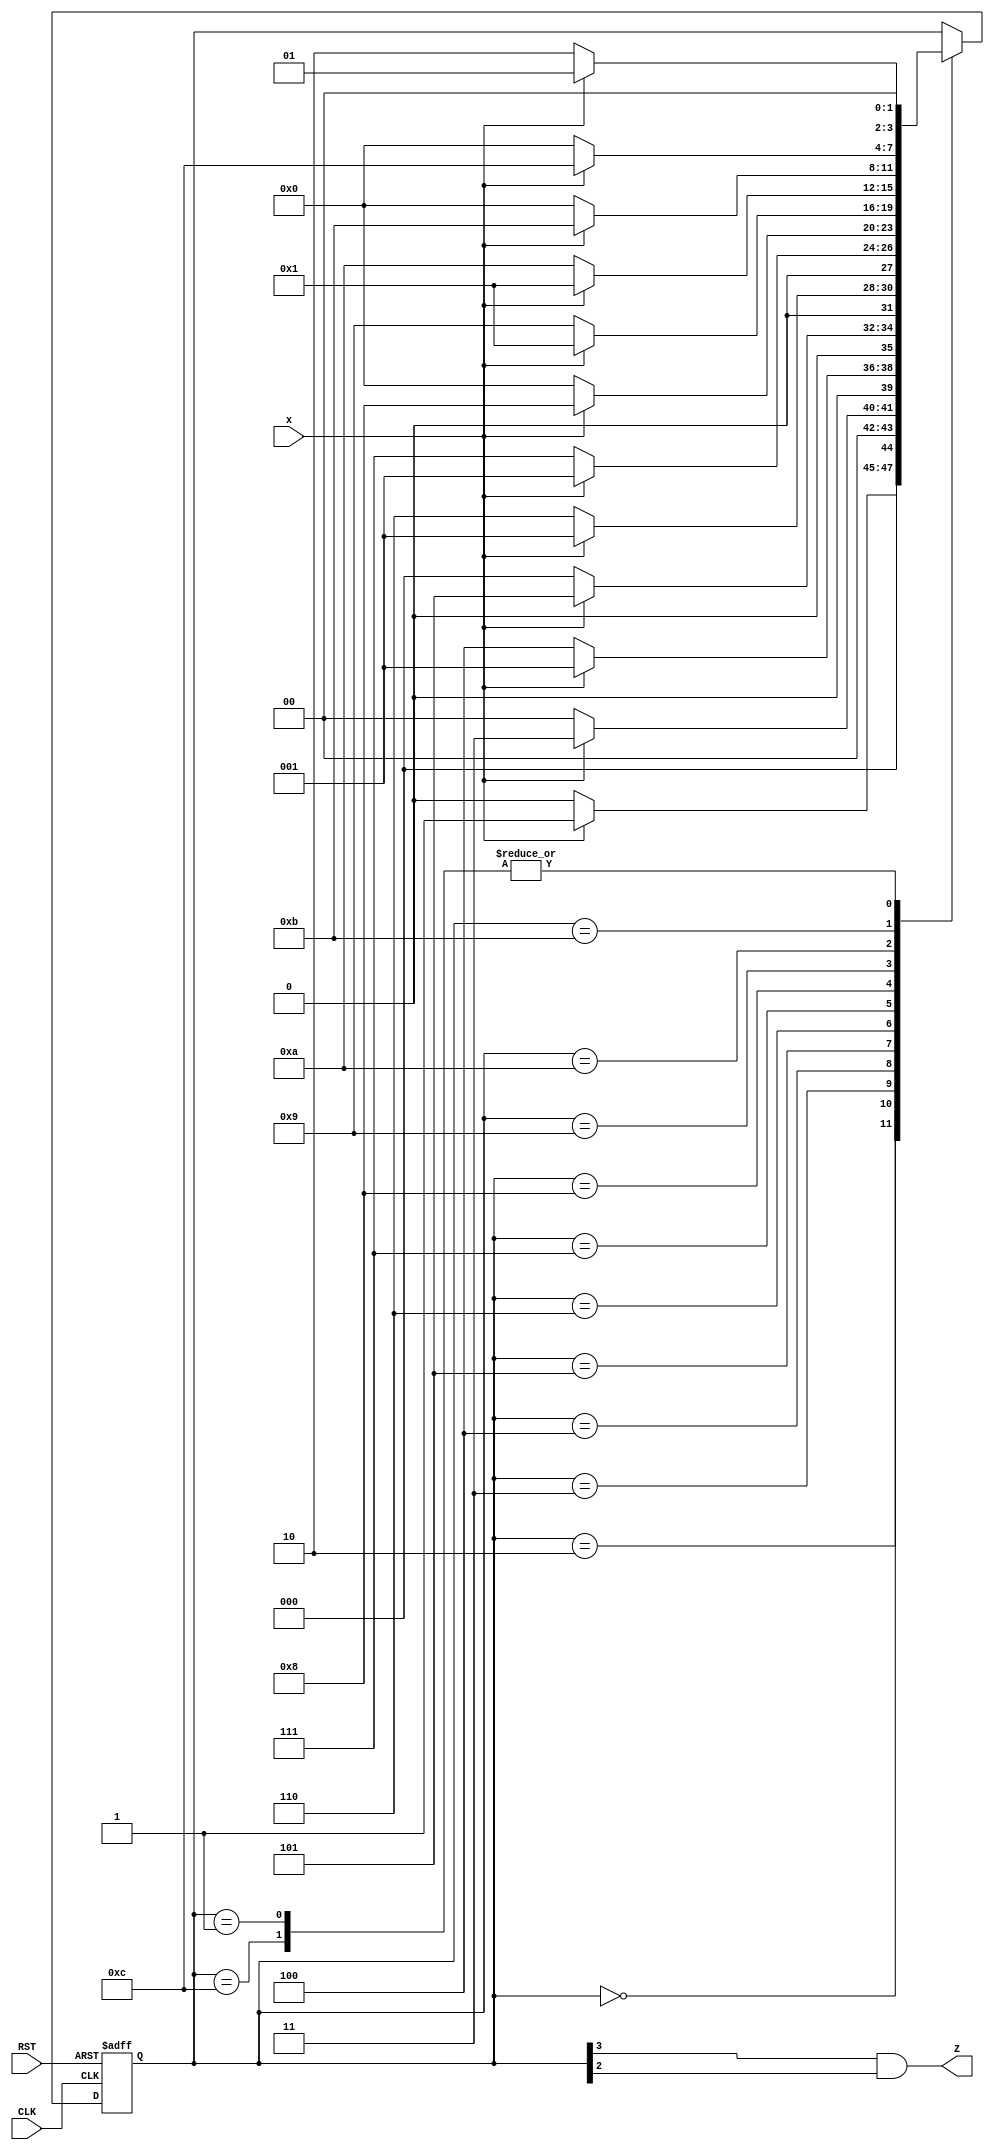
`timescale 1ns / 1ps
//////////////////////////////////////////////////////////////////////////////////
// Company: 
// Engineer: 
// 
// Design Name: 
// Module Name:    coDetector 
// Project Name: 
// Target Devices: 
// Tool versions: 
// Description: 
//
// Dependencies: 
//
// Revision: 
// Revision 0.01 - File Created
// Additional Comments: 
//
//////////////////////////////////////////////////////////////////////////////////
module coDetector(x,Z,CLK,RST);
   input x,CLK,RST;
   output Z;
	
   reg [3:0] state = 4'b0000;
   parameter S0 = 4'b0000, S1 = 4'b0001, S2 = 4'b0010, S3 = 4'b0011, S4 = 4'b0100, S5 = 4'b0101, S6 = 4'b0110, S7 = 4'b0111, S8 = 4'b1000, S9 = 4'b1001,S10 = 4'b1010,S11 = 4'b1011,S12 = 4'b1100;
      always @ (posedge CLK or negedge RST)
         if (~RST) state = S0;  //Initialize to state S0
	    else
			case (state)
            S0: if (~x)  state = S0; else state = S1; 
            S1: if (~x)  state = S2; else state = S1;   
            S2: if (~x)  state = S0; else state = S3;
			   S3: if (~x)  state = S4; else state = S1;
			   S4: if (~x)  state = S0; else state = S5; 
			   S5: if (~x)  state = S6; else state = S1; 
			   S6: if (~x)  state = S7; else state = S1;
		      S7: if (~x)  state = S0; else state = S8; 
			   S8: if (~x)  state = S9; else state = S1; 
				S9: if (~x)  state = S10; else state = S1; 
				S10: if (~x)  state = S0; else state = S11; 
			   S11: if (~x)  state = S0; else state = S12; 
				S12: if (~x)  state = S2; else state = S1; 
         endcase
		assign Z=state[3]&state[2];
endmodule